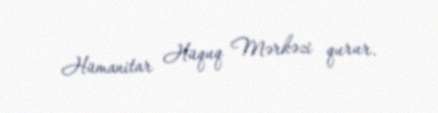
Hümanitar Hüquq Mərkəzi qurur.